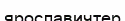
ярославичтер